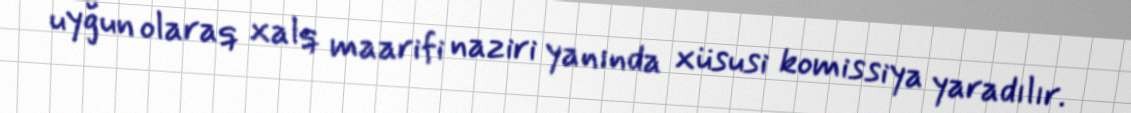
uyğun olaraq xalq maarifi naziri yanında xüsusi komissiya yaradılır.